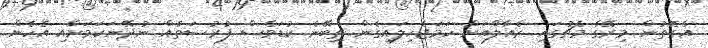
އެގޮތުން މިރޭގެ މެޗުގައި ރެއާލްއަށް ހަމަޖެހިލައިގެން ތިބޭނެ ކުޑަވެސް ފުރުސަތެއް ނުދޭނަކަމަށާއި އެހެން